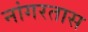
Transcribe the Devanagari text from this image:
नांगरतास